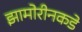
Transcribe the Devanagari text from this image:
झामोरीनकडे